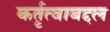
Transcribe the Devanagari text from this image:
कर्तृत्वाबद्दल